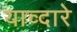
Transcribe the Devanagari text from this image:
याव्दारे